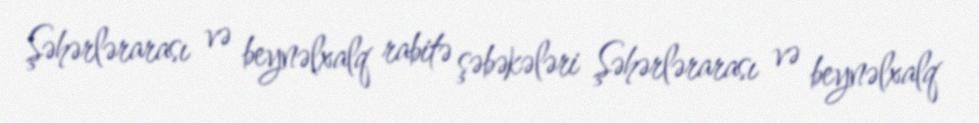
Şəhərlərarası və beynəlxalq rabitə şəbəkələri Şəhərlərarası və beynəlxalq